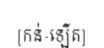
[កន់-ឡើត]